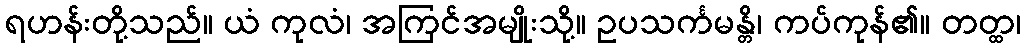
ရဟန်းတို့သည်။ ယံ ကုလံ၊ အကြင်အမျိုးသို့။ ဥပသင်္ကမန္တိ၊ ကပ်ကုန်၏။ တတ္ထ၊